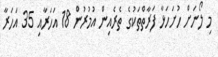
މި ލޯނަށް ހުށަހަޅާ ފަރާތްތަކުގެ ތެރެއިން އުމުރުން 18 އަހަރާއި 35 އަހަރާ